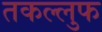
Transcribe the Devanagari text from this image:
तकल्लुफ